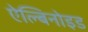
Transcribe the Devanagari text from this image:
ऐल्बिनोइड